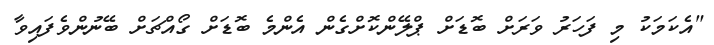
"އެކަމަކު މި ފަހަރު ވަރަށް ބޮޑަށް ޕްލޭންކޮށްގެން އެންމެ ބޮޑަށް ގޯއްޗަށް ބޭނުންވެފައިވާ